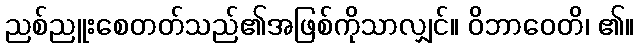
ညစ်ညူးစေတတ်သည်၏အဖြစ်ကိုသာလျှင်။ ဝိဘာဝေတိ၊ ၏။